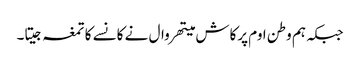
جبکہ ہم وطن اوم پرکاش میتھروال نے کانسے کا تمغہ جیتا۔